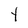
Character: Y